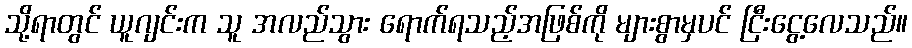
သို့ရာတွင် ယူဂျင်းက သူ အလည်သွား ရောက်ရသည့်အဖြစ်ကို များစွာမှပင် ငြီးငွေ့လေသည်။